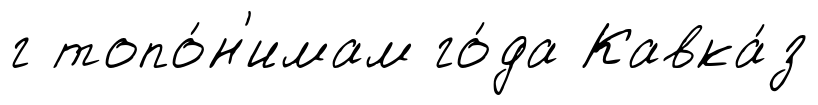
г топо́н'имам го́да Кавка́з